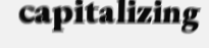
capitalizing